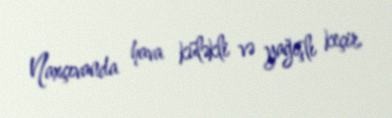
Naxçıvanda hava küləkli və yağışlı keçir.